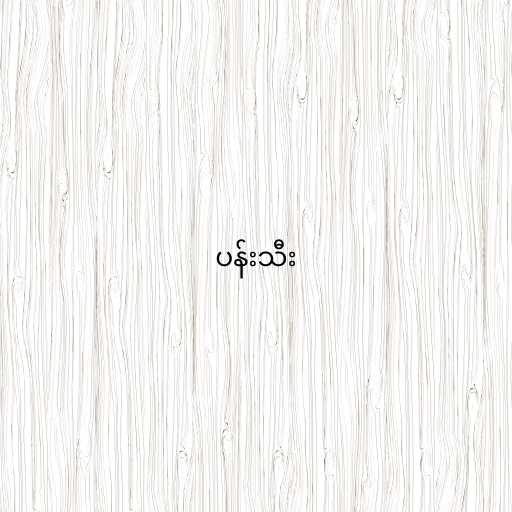
ပန်းသီး